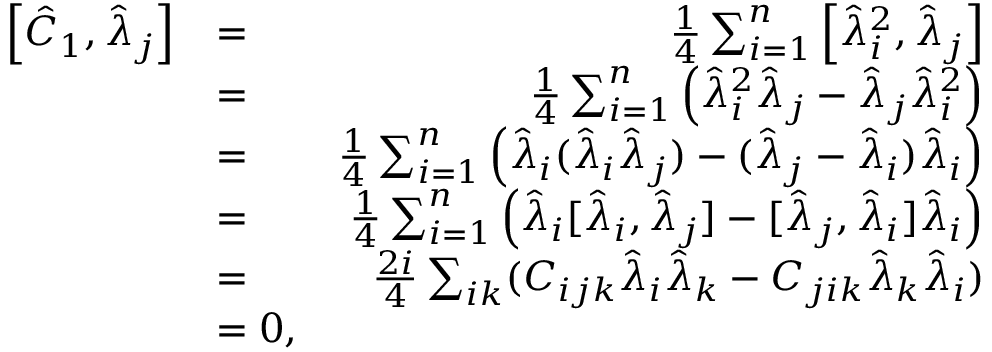
\begin{array} { r l r } { \left[ \hat { C } _ { 1 } , \hat { \lambda } _ { j } \right] } & { = } & { \frac { 1 } { 4 } \sum _ { i = 1 } ^ { n } \left[ \hat { \lambda } _ { i } ^ { 2 } , \hat { \lambda } _ { j } \right] } \\ & { = } & { \frac { 1 } { 4 } \sum _ { i = 1 } ^ { n } \left( \hat { \lambda } _ { i } ^ { 2 } \hat { \lambda } _ { j } - \hat { \lambda } _ { j } \hat { \lambda } _ { i } ^ { 2 } \right) } \\ & { = } & { \frac { 1 } { 4 } \sum _ { i = 1 } ^ { n } \left( \hat { \lambda } _ { i } ( \hat { \lambda } _ { i } \hat { \lambda } _ { j } ) - ( \hat { \lambda } _ { j } - \hat { \lambda } _ { i } ) \hat { \lambda } _ { i } \right) } \\ & { = } & { \frac { 1 } { 4 } \sum _ { i = 1 } ^ { n } \left( \hat { \lambda } _ { i } [ \hat { \lambda } _ { i } , \hat { \lambda } _ { j } ] - [ \hat { \lambda } _ { j } , \hat { \lambda } _ { i } ] \hat { \lambda } _ { i } \right) } \\ & { = } & { \frac { 2 i } { 4 } \sum _ { i k } ( C _ { i j k } \hat { \lambda } _ { i } \hat { \lambda } _ { k } - C _ { j i k } \hat { \lambda } _ { k } \hat { \lambda } _ { i } ) } \\ & { = 0 , } \end{array}